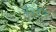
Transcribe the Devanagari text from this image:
वितृया